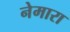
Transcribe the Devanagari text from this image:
नेमारा